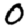
Digit: 0